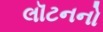
લૉટનનો